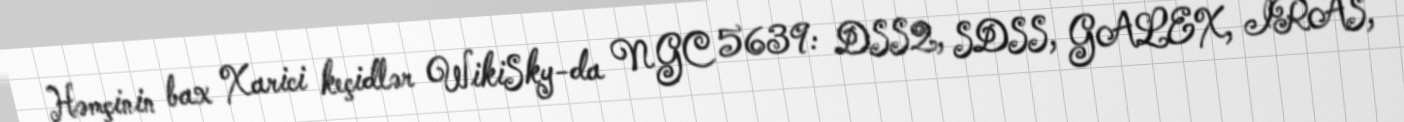
Həmçinin bax Xarici keçidlər WikiSky-da NGC 5639: DSS2, SDSS, GALEX, IRAS,